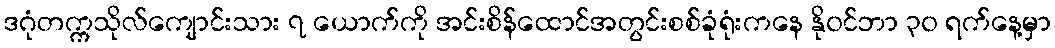
ဒဂုံတက္ကသိုလ်ကျောင်းသား ၇ ယောက်ကို အင်းစိန်ထောင်အတွင်းစစ်ခုံရုံးကနေ နို၀င်ဘာ ၃၀ ရက်နေ့မှာ